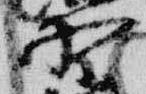
野